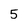
Character: 5